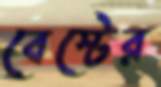
বেস্টের